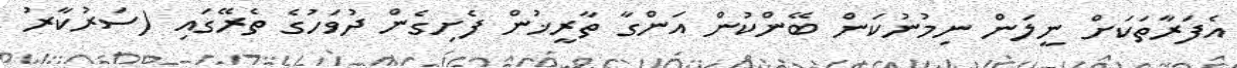
އެފަރާތަކަށް ނީލަން ނިމުނުކަން ބޭންކުން އަންގާ ތާރީޚުން ފެށިގެން ދުވަހުގެ ތެރޭގައި (ސަރުކާރު